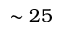
\sim 2 5